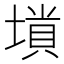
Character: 𡏶